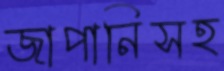
জাপানিসহ